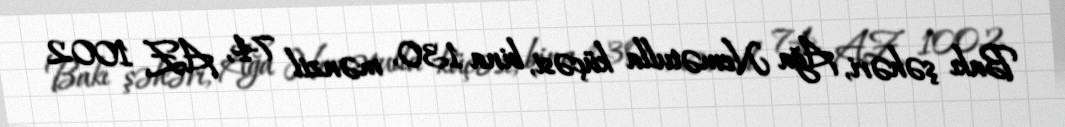
Bakı şəhəri, Ağa Nemətulla küçəsi, bina 130, mənzil 74, AZ 1002